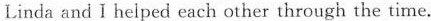
Linda and I helped each other through the time.